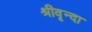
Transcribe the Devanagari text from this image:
श्रीवृन्दा